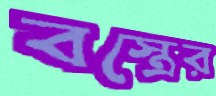
বস্ত্রের